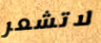
لاتشعر